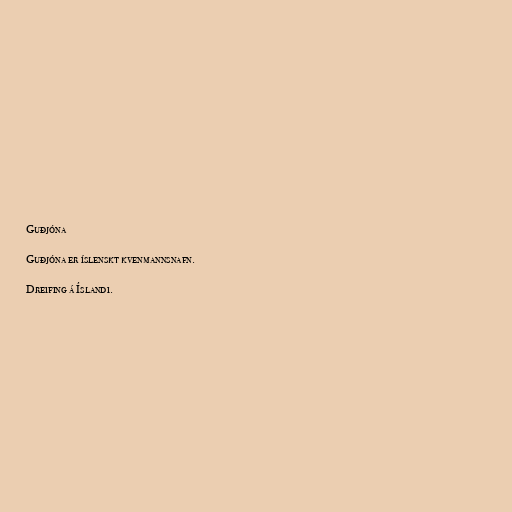
Guðjóna

Guðjóna er íslenskt kvenmannsnafn.

Dreifing á Íslandi.